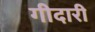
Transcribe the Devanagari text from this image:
गीदारी